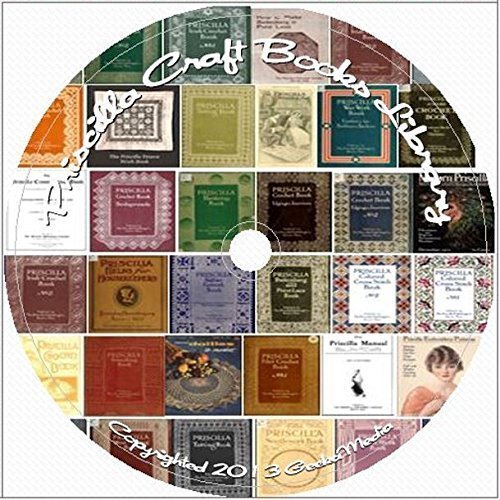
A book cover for Priscilla Craft Book Library: 50 Books knit crochet beading tatting lace D105; GeekaMedia; Crafts, Hobbies & Home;